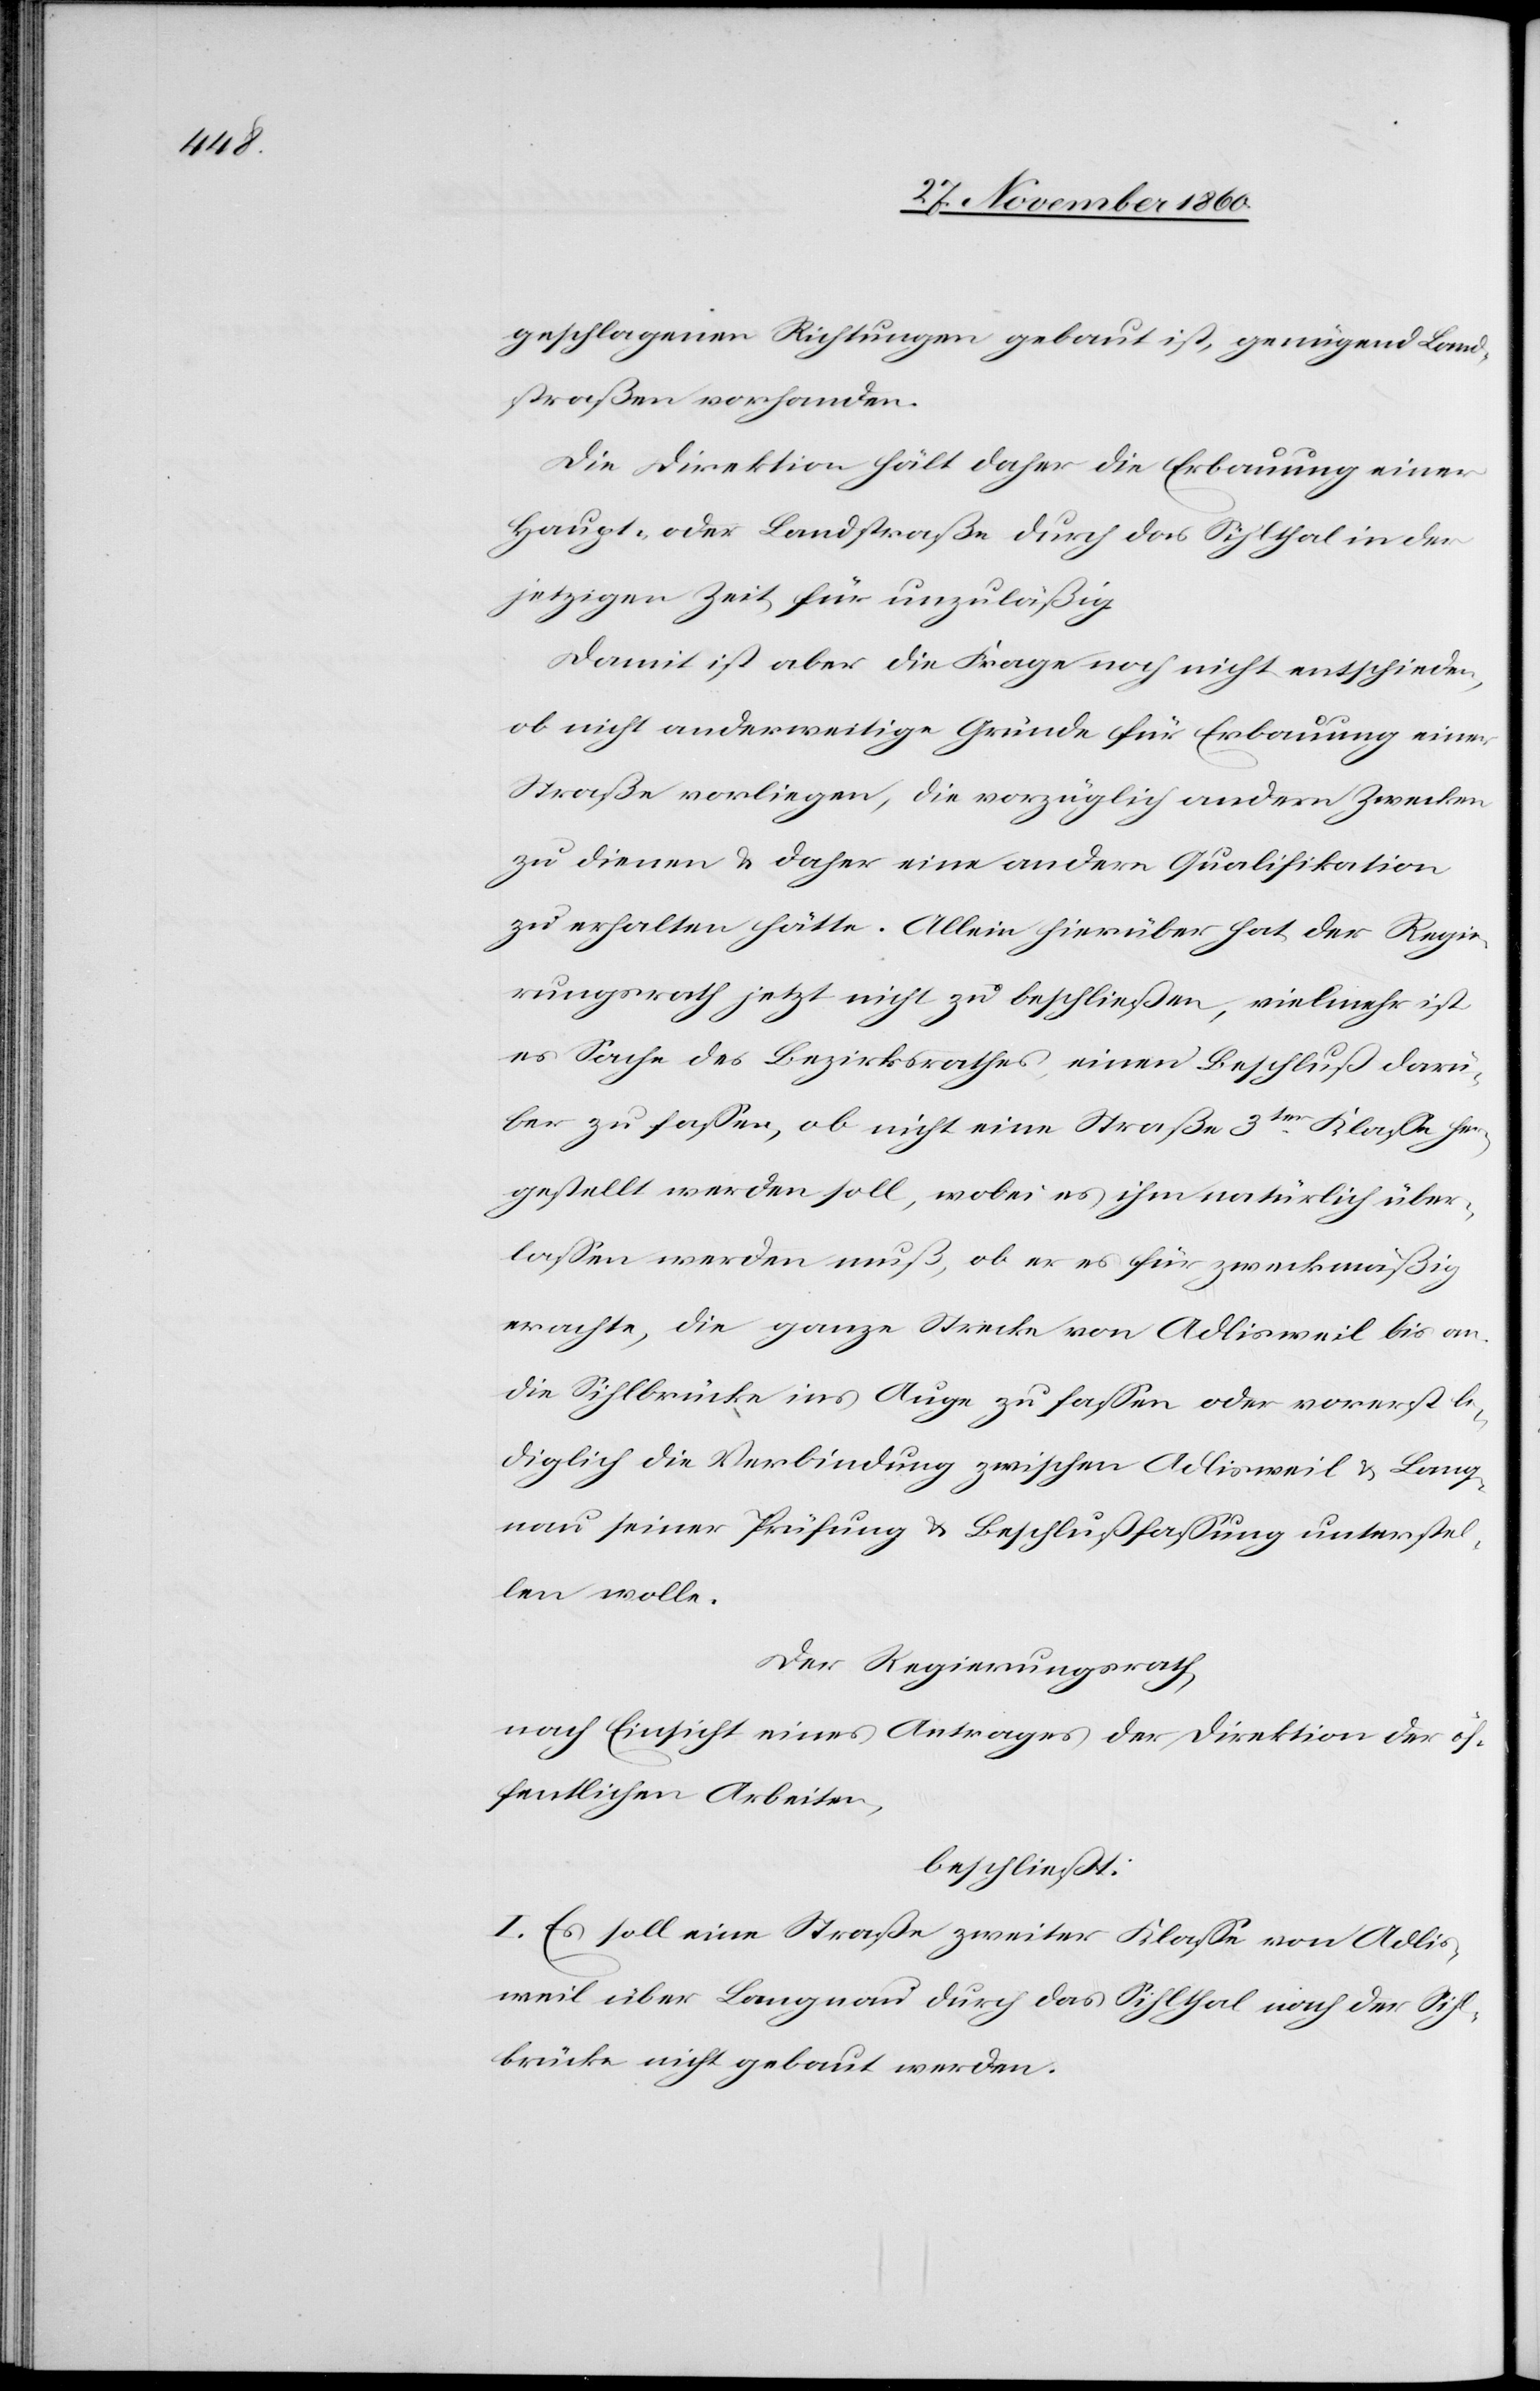
geschlagenen Richtungen gebaut ist, genügend Land¬
straßen vorhanden.
Die Direktion hält daher die Erbauung einer
Haupt- oder Landstraße durch das Sihlthal in der
jetzigen Zeit für unzulässig.
Damit ist aber die Frage noch nicht entschieden,
ob nicht anderweitige Gründe für Erbauung einer
Straße vorliegen, die vorzüglich andern Zwecken
zu dienen u. daher eine andere Qualifikation
zu erhalten hätte. Allein hierüber hat der Regie¬
rungsrath jetzt nicht zu beschließen, vielmehr ist
es Sache des Bezirksrathes, einen Beschluß darü¬
ber zu fassen, ob nicht eine Straße 3ter Klasse her¬
gestellt werden soll, wobei es ihm natürlich über¬
lassen werden muß, ob er es für zweckmäßig
erachte, die ganz Strecke von Adlisweil bis an
die Sihlbrücke ins Auge zu fassen oder vorerst le¬
diglich die Verbindung zwischen Adlisweil u. Lang¬
nau seiner Prüfung u. Beschlußfassung unterstel¬
len wolle.
Der Regierungsrath,
nach Einsicht eines Antrages der Direktion der öf¬
fentlichen Arbeiten,
beschließt:
I. Es soll eine Straße zweiter Klasse von Adlis¬
weil über Langnau durch das Sihlthal nach der Sihl¬
brücke nicht gebaut werden.